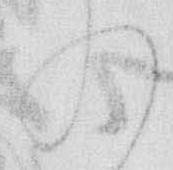
入